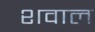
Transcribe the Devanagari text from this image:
शवाल